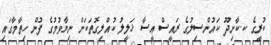
ކުރީގެ ކ.ކާށިދޫ ކައުންސިލުގެ ރައީސް ޢީސާ ޚަލީލު ކުއްލިގޮތަކަށް ނިޔާވުމުގެ ފުން ހިތާމާގައި